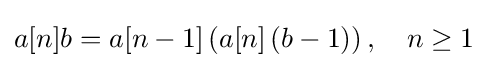
a[n]b=a[n-1]\left(a[n]\left(b-1\right)\right),\quad n\geq 1